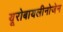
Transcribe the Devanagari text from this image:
यूरोबायलीनोजेन